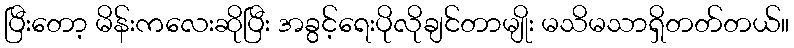
ပြီးတော့ မိန်းကလေးဆိုပြီး အခွင့်ရေးပိုလိုချင်တာမျိုး မသိမသာရှိတတ်တယ်။